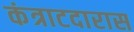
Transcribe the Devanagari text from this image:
कंत्राटदारास